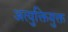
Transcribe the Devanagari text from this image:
अत्युक्तियुक्त